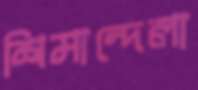
শিমান্দেলা